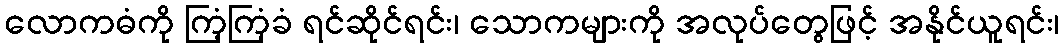
လောကဓံကို ကြံ့ကြံ့ခံ ရင်ဆိုင်ရင်း၊ သောကများကို အလုပ်တွေဖြင့် အနိုင်ယူရင်း၊